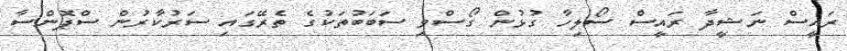
ރައީސް ނަޝީދާ ރައީސް ސޯލިހާ ގުޅުން ގޯސްވި ސަބަބުތަކުގެ ތެރޭގައި ސަރުކާރުން ސްޕޮންސާ